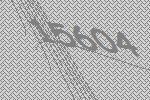
15604